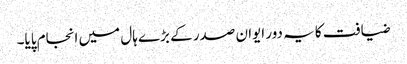
ضیافت کا یہ دور ایوان صدر کے بڑے ہال میں انجام پایا۔